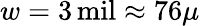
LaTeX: w=3\, \mathrm{mil}\approx 76\mu